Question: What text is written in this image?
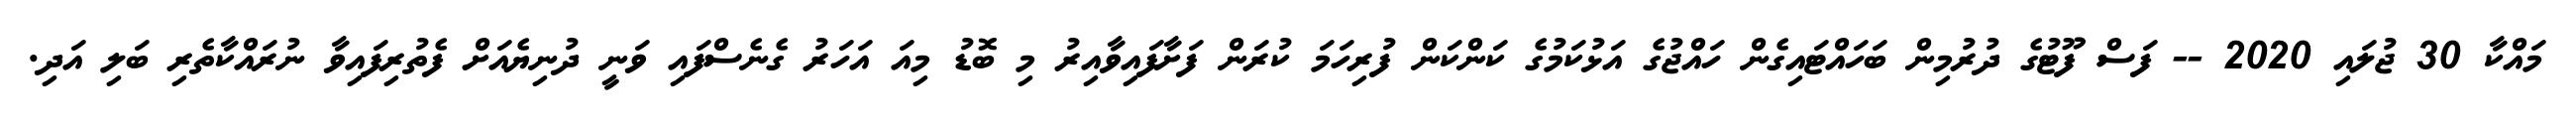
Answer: މައްކާ 30 ޖުލައި 2020 -- ފަސް ފޫޓުގެ ދުރުމިން ބަހައްޓައިގެން ހައްޖުގެ އަޅުކަމުގެ ކަންކަން ފުރިހަމަ ކުރަން ފަށާފައިވާއިރު މި ބޮޑު މިއަ އަހަރު ގެނެސްފައި ވަނީ ދުނިޔެއަށް ފެތުރިފައިވާ ނުރައްކާތެރި ބަލި އަދި.